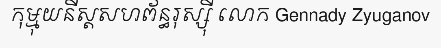
កុម្មុយនីស្តសហព័ន្ធរុស្ស៊ី លោក Gennady Zyuganov